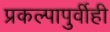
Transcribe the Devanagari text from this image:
प्रकल्पापुर्वीही